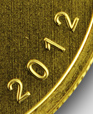
2012